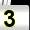
Digit: 3